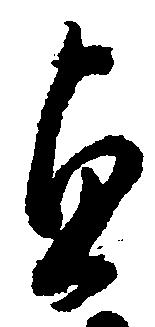
貞